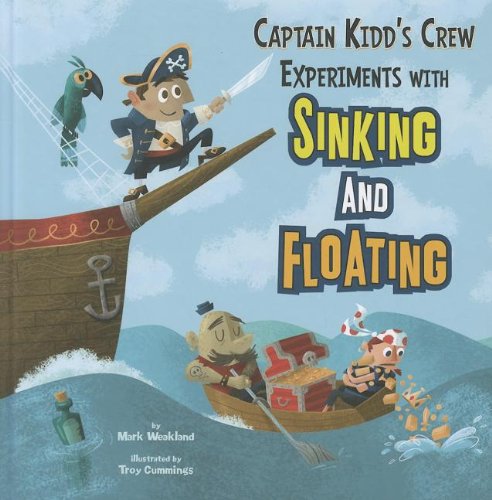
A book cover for Captain Kidd's Crew Experiments with Sinking and Floating (In the Science Lab); Mark Weakland; Children's Books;